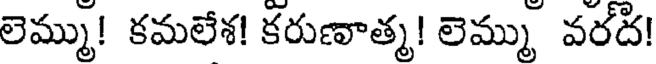
లెమ్ము! కమలేశ! కరుణాత్మ! లెమ్ము వరద!